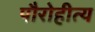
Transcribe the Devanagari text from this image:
पौरोहीत्य